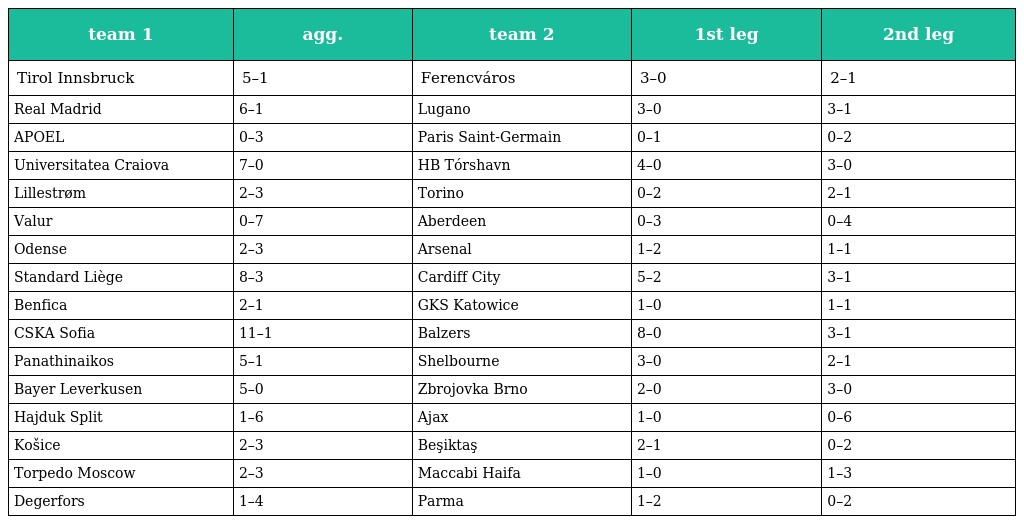
| team 1 | agg. | team 2 | 1st leg | 2nd leg |
 | --- | --- | --- | --- | --- |
 | Tirol Innsbruck | 5–1 | Ferencváros | 3–0 | 2–1 |
 | Real Madrid | 6–1 | Lugano | 3–0 | 3–1 |
 | APOEL | 0–3 | Paris Saint-Germain | 0–1 | 0–2 |
 | Universitatea Craiova | 7–0 | HB Tórshavn | 4–0 | 3–0 |
 | Lillestrøm | 2–3 | Torino | 0–2 | 2–1 |
 | Valur | 0–7 | Aberdeen | 0–3 | 0–4 |
 | Odense | 2–3 | Arsenal | 1–2 | 1–1 |
 | Standard Liège | 8–3 | Cardiff City | 5–2 | 3–1 |
 | Benfica | 2–1 | GKS Katowice | 1–0 | 1–1 |
 | CSKA Sofia | 11–1 | Balzers | 8–0 | 3–1 |
 | Panathinaikos | 5–1 | Shelbourne | 3–0 | 2–1 |
 | Bayer Leverkusen | 5–0 | Zbrojovka Brno | 2–0 | 3–0 |
 | Hajduk Split | 1–6 | Ajax | 1–0 | 0–6 |
 | Košice | 2–3 | Beşiktaş | 2–1 | 0–2 |
 | Torpedo Moscow | 2–3 | Maccabi Haifa | 1–0 | 1–3 |
 | Degerfors | 1–4 | Parma | 1–2 | 0–2 |